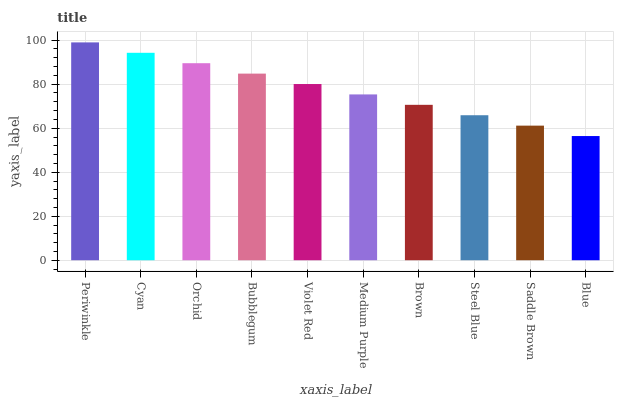
| xaxis_label | bars |
 | --- | --- |
 | Periwinkle | 99 |
 | Cyan | 94.3 |
 | Orchid | 89.5 |
 | Bubblegum | 84.8 |
 | Violet Red | 80.1 |
 | Medium Purple | 75.4 |
 | Brown | 70.6 |
 | Steel Blue | 65.9 |
 | Saddle Brown | 61.2 |
 | Blue | 56.4 |